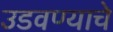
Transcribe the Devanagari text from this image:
उडवण्याचे